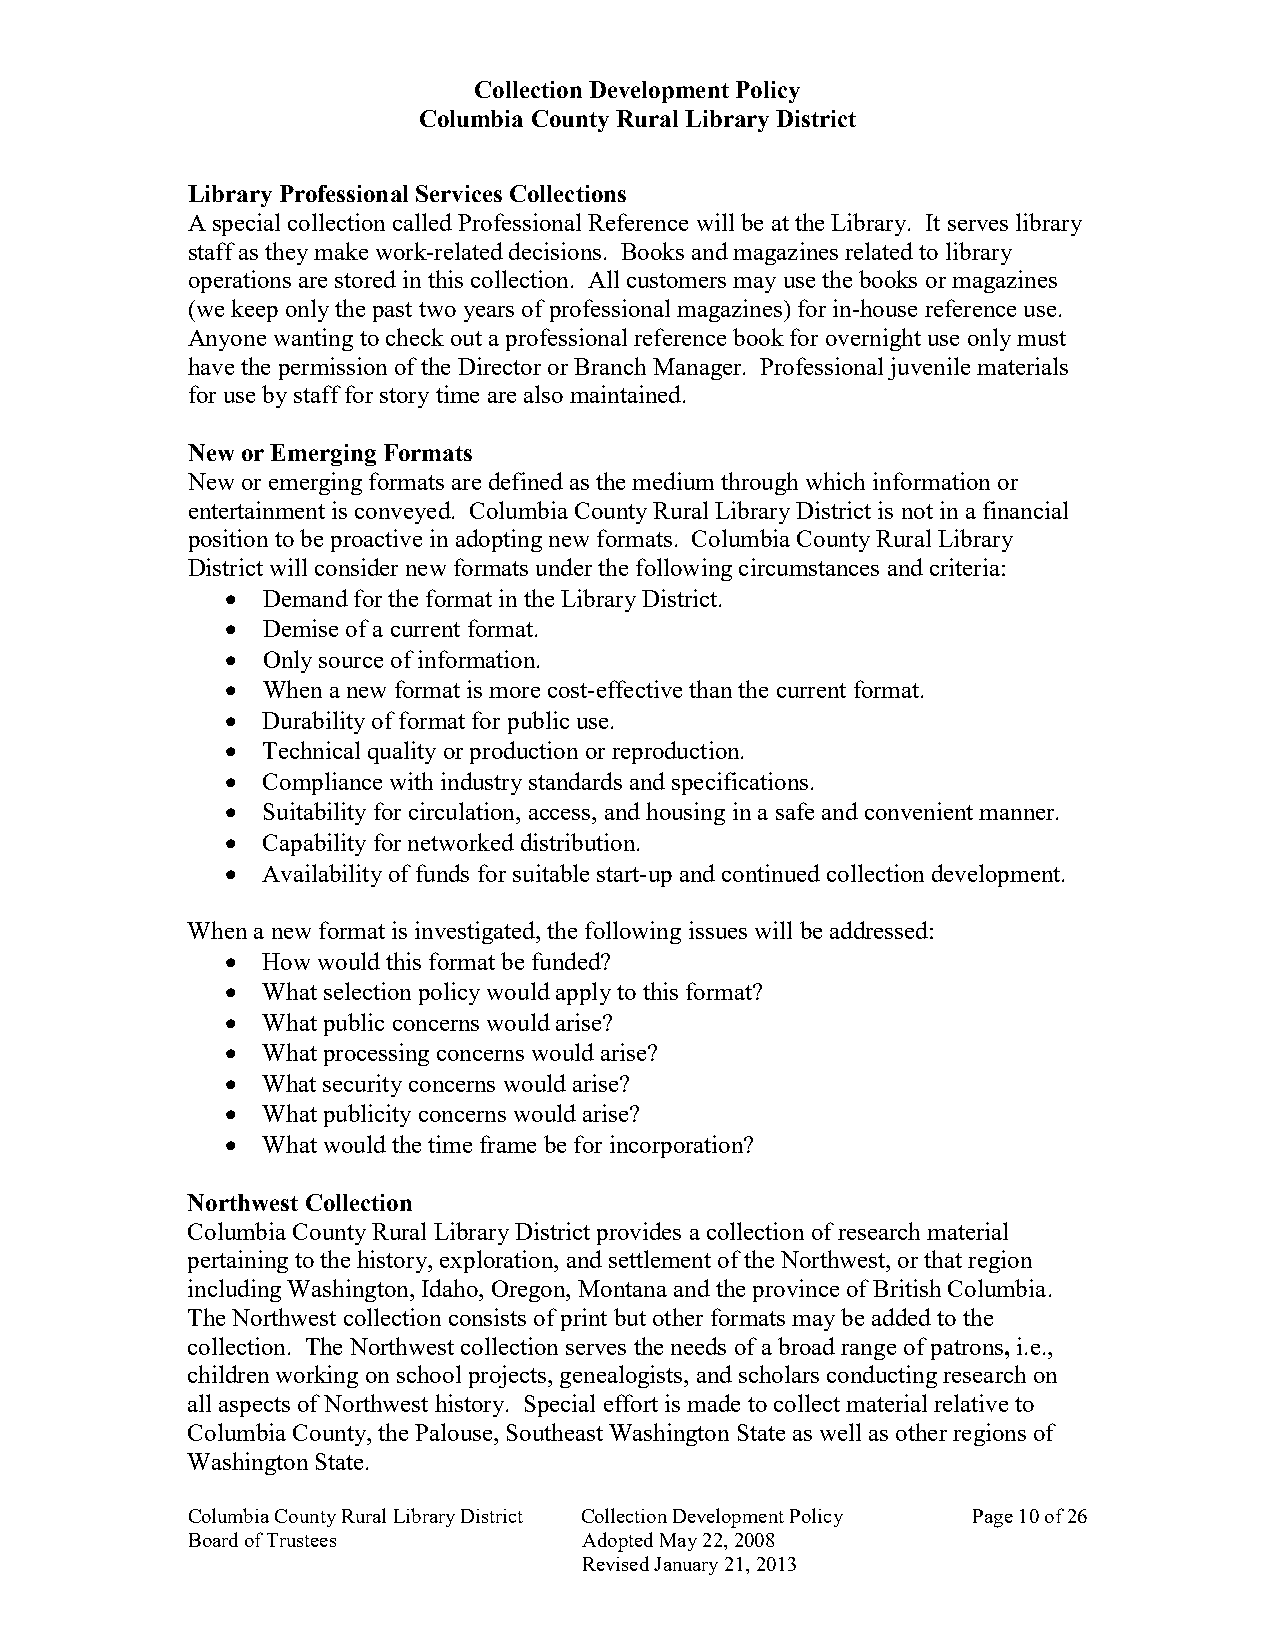
Collection Development Policy
 Columbia County Rural Library District
 Library Professional Services Collections
 A special collection called Professional Reference will be at the Library. It serves library
 staff as they make work-related decisions. Books and magazines related to library
 operations are stored in this collection. All customers may use the books or magazines
 (we keep only the past two years of professional magazines) for in-house reference use.
 Anyone wanting to check out a professional reference book for overnight use only must
 have the permission of the Director or Branch Manager. Professional juvenile materials
 for use by staff for story time are also maintained.
 New or Emerging Formats
 New or emerging formats are defined as the medium through which information or
 entertainment is conveyed. Columbia County Rural Library District is not in a financial
 position to be proactive in adopting new formats. Columbia County Rural Library
 District will consider new formats under the following circumstances and criteria:
 • Demand for the format in the Library District.
 • Demise of a current format.
 • Only source of information.
 • When a new format is more cost-effective than the current format.
 • Durability of format for public use.
 • Technical quality or production or reproduction.
 • Compliance with industry standards and specifications.
 • Suitability for circulation, access, and housing in a safe and convenient manner.
 • Capability for networked distribution.
 • Availability of funds for suitable start-up and continued collection development.
 When a new format is investigated, the following issues will be addressed:
 • How would this format be funded?
 • What selection policy would apply to this format?
 • What public concerns would arise?
 • What processing concerns would arise?
 • What security concerns would arise?
 • What publicity concerns would arise?
 • What would the time frame be for incorporation?
 Northwest Collection
 Columbia County Rural Library District provides a collection of research material
 pertaining to the history, exploration, and settlement of the Northwest, or that region
 including Washington, Idaho, Oregon, Montana and the province of British Columbia.
 The Northwest collection consists of print but other formats may be added to the
 collection. The Northwest collection serves the needs of a broad range of patrons, i.e.,
 children working on school projects, genealogists, and scholars conducting research on
 all aspects of Northwest history. Special effort is made to collect material relative to
 Columbia County, the Palouse, Southeast Washington State as well as other regions of
 Washington State.
 Columbia County Rural Library District Collection Development Policy Page 10 of 26
 Board of Trustees          Adopted May 22, 2008
 Revised January 21, 2013